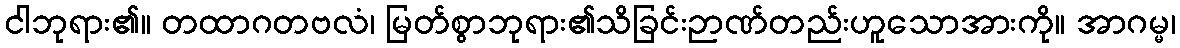
ငါဘုရား၏။ တထာဂတဗလံ၊ မြတ်စွာဘုရား၏သိခြင်းဉာဏ်တည်းဟူသောအားကို။ အာဂမ္မ၊